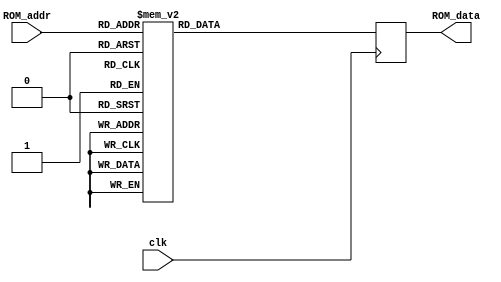

`resetall
`timescale 1ns/1ps
module ROM4_omega (ROM_data, ROM_addr,clk);
  
  parameter WORDLENGTH=18,ADDRLENGTH=8;
  
  output [WORDLENGTH-1:0] ROM_data;
  input 	[ADDRLENGTH-1:0] ROM_addr;
  input  clk;
  reg    [WORDLENGTH-1:0] ROM_data;


  always @ (posedge clk)
  begin
  case(ROM_addr)
8'b00000000:ROM_data<=18'b011111111000000000;
8'b00000001:ROM_data<=18'b011111111000000000;
8'b00000010:ROM_data<=18'b011111111000000000;
8'b00000011:ROM_data<=18'b011111111000000000;
8'b00000100:ROM_data<=18'b011111111000000000;
8'b00000101:ROM_data<=18'b011101011110011111;
8'b00000110:ROM_data<=18'b010110100101001100;
8'b00000111:ROM_data<=18'b001100001100010101;
8'b00001000:ROM_data<=18'b011111111000000000;
8'b00001001:ROM_data<=18'b010110100101001100;
8'b00001010:ROM_data<=18'b000000000100000001;
8'b00001011:ROM_data<=18'b101001100101001100;
8'b00001100:ROM_data<=18'b011111111000000000;
8'b00001101:ROM_data<=18'b001100001100010101;
8'b00001110:ROM_data<=18'b101001100101001100;
8'b00001111:ROM_data<=18'b100010101001100001;
8'b00010000:ROM_data<=18'b011111111000000000;
8'b00010001:ROM_data<=18'b011111101111101000;
8'b00010010:ROM_data<=18'b011111010111001111;
8'b00010011:ROM_data<=18'b011110100110110110;
8'b00010100:ROM_data<=18'b011111111000000000;
8'b00010101:ROM_data<=18'b011100000110001000;
8'b00010110:ROM_data<=18'b010001101100101100;
8'b00010111:ROM_data<=18'b000011000100000011;
8'b00011000:ROM_data<=18'b011111111000000000;
8'b00011001:ROM_data<=18'b010100001100111011;
8'b00011010:ROM_data<=18'b111001111100000110;
8'b00011011:ROM_data<=18'b100100000110001000;
8'b00011100:ROM_data<=18'b011111111000000000;
8'b00011101:ROM_data<=18'b001001010100001100;
8'b00011110:ROM_data<=18'b100101100101110011;
8'b00011111:ROM_data<=18'b100111011010100001;
8'b00100000:ROM_data<=18'b011111111000000000;
8'b00100001:ROM_data<=18'b011111010111001111;
8'b00100010:ROM_data<=18'b011101011110011111;
8'b00100011:ROM_data<=18'b011010100101110011;
8'b00100100:ROM_data<=18'b011111111000000000;
8'b00100101:ROM_data<=18'b011010100101110011;
8'b00100110:ROM_data<=18'b001100001100010101;
8'b00100111:ROM_data<=18'b111001111100000110;
8'b00101000:ROM_data<=18'b011111111000000000;
8'b00101001:ROM_data<=18'b010001101100101100;
8'b00101010:ROM_data<=18'b110011111100010101;
8'b00101011:ROM_data<=18'b100000110111001111;
8'b00101100:ROM_data<=18'b011111111000000000;
8'b00101101:ROM_data<=18'b000110001100000110;
8'b00101110:ROM_data<=18'b100010101110011111;
8'b00101111:ROM_data<=18'b101110011011010100;
8'b00110000:ROM_data<=18'b011111111000000000;
8'b00110001:ROM_data<=18'b011110100110110110;
8'b00110010:ROM_data<=18'b011010100101110011;
8'b00110011:ROM_data<=18'b010100001100111011;
8'b00110100:ROM_data<=18'b011111111000000000;
8'b00110101:ROM_data<=18'b011000101101011111;
8'b00110110:ROM_data<=18'b000110001100000110;
8'b00110111:ROM_data<=18'b110001000100100000;
8'b00111000:ROM_data<=18'b011111111000000000;
8'b00111001:ROM_data<=18'b001111000100100000;
8'b00111010:ROM_data<=18'b101110011100101100;
8'b00111011:ROM_data<=18'b100000011000011000;
8'b00111100:ROM_data<=18'b011111111000000000;
8'b00111101:ROM_data<=18'b000011000100000011;
8'b00111110:ROM_data<=18'b100000110111001111;
8'b00111111:ROM_data<=18'b110110110011110100;
8'b01000000:ROM_data<=18'b011111111000000000;
8'b01000001:ROM_data<=18'b011111110111111010;
8'b01000010:ROM_data<=18'b011111110111110100;
8'b01000011:ROM_data<=18'b011111110111101110;
8'b01000100:ROM_data<=18'b011111111000000000;
8'b01000101:ROM_data<=18'b011101001110011001;
8'b01000110:ROM_data<=18'b010101011101000100;
8'b01000111:ROM_data<=18'b001001111100001110;
8'b01001000:ROM_data<=18'b011111111000000000;
8'b01001001:ROM_data<=18'b010101111101001000;
8'b01001010:ROM_data<=18'b111110100100000010;
8'b01001011:ROM_data<=18'b100111111101011010;
8'b01001100:ROM_data<=18'b011111111000000000;
8'b01001101:ROM_data<=18'b001011011100010011;
8'b01001110:ROM_data<=18'b101000100101010101;
8'b01001111:ROM_data<=18'b100011101001110010;
8'b01010000:ROM_data<=18'b011111111000000000;
8'b01010001:ROM_data<=18'b011111101111100001;
8'b01010010:ROM_data<=18'b011110111111000011;
8'b01010011:ROM_data<=18'b011101101110100101;
8'b01010100:ROM_data<=18'b011111111000000000;
8'b01010101:ROM_data<=18'b011011101110000011;
8'b01010110:ROM_data<=18'b010000011100100110;
8'b01010111:ROM_data<=18'b000000110100000010;
8'b01011000:ROM_data<=18'b011111111000000000;
8'b01011001:ROM_data<=18'b010011100100110111;
8'b01011010:ROM_data<=18'b111000011100001001;
8'b01011011:ROM_data<=18'b100010111110011001;
8'b01011100:ROM_data<=18'b011111111000000000;
8'b01011101:ROM_data<=18'b001000100100001011;
8'b01011110:ROM_data<=18'b100100110101111101;
8'b01011111:ROM_data<=18'b101001000010101111;
8'b01100000:ROM_data<=18'b011111111000000000;
8'b01100001:ROM_data<=18'b011111000111001001;
8'b01100010:ROM_data<=18'b011100110110010011;
8'b01100011:ROM_data<=18'b011001001101100100;
8'b01100100:ROM_data<=18'b011111111000000000;
8'b01100101:ROM_data<=18'b011010000101101110;
8'b01100110:ROM_data<=18'b001010101100010000;
8'b01100111:ROM_data<=18'b110111100100001011;
8'b01101000:ROM_data<=18'b011111111000000000;
8'b01101001:ROM_data<=18'b010001000100101001;
8'b01101010:ROM_data<=18'b110010011100011010;
8'b01101011:ROM_data<=18'b100000011111100001;
8'b01101100:ROM_data<=18'b011111111000000000;
8'b01101101:ROM_data<=18'b000101011100000101;
8'b01101110:ROM_data<=18'b100010000110101011;
8'b01101111:ROM_data<=18'b110000011011011101;
8'b01110000:ROM_data<=18'b011111111000000000;
8'b01110001:ROM_data<=18'b011110010110110001;
8'b01110010:ROM_data<=18'b011001100101101001;
8'b01110011:ROM_data<=18'b010010010100110000;
8'b01110100:ROM_data<=18'b011111111000000000;
8'b01110101:ROM_data<=18'b011000001101011010;
8'b01110110:ROM_data<=18'b000100101100000100;
8'b01110111:ROM_data<=18'b101111000100101001;
8'b01111000:ROM_data<=18'b011111111000000000;
8'b01111001:ROM_data<=18'b001110010100011101;
8'b01111010:ROM_data<=18'b101101001100110100;
8'b01111011:ROM_data<=18'b100000101000101011;
8'b01111100:ROM_data<=18'b011111111000000000;
8'b01111101:ROM_data<=18'b000010010100000010;
8'b01111110:ROM_data<=18'b100000100111011011;
8'b01111111:ROM_data<=18'b111001001011111000;
8'b10000000:ROM_data<=18'b011111111000000000;
8'b10000001:ROM_data<=18'b011111110111110100;
8'b10000010:ROM_data<=18'b011111101111101000;
8'b10000011:ROM_data<=18'b011111100111011011;
8'b10000100:ROM_data<=18'b011111111000000000;
8'b10000101:ROM_data<=18'b011100110110010011;
8'b10000110:ROM_data<=18'b010100001100111011;
8'b10000111:ROM_data<=18'b000111101100001001;
8'b10001000:ROM_data<=18'b011111111000000000;
8'b10001001:ROM_data<=18'b010101011101000100;
8'b10001010:ROM_data<=18'b111101000100000011;
8'b10001011:ROM_data<=18'b100110100101101001;
8'b10001100:ROM_data<=18'b011111111000000000;
8'b10001101:ROM_data<=18'b001010101100010000;
8'b10001110:ROM_data<=18'b100111011101011111;
8'b10001111:ROM_data<=18'b100100110010000011;
8'b10010000:ROM_data<=18'b011111111000000000;
8'b10010001:ROM_data<=18'b011111100111011011;
8'b10010010:ROM_data<=18'b011110100110110110;
8'b10010011:ROM_data<=18'b011100110110010011;
8'b10010100:ROM_data<=18'b011111111000000000;
8'b10010101:ROM_data<=18'b011011010101111101;
8'b10010110:ROM_data<=18'b001111000100100000;
8'b10010111:ROM_data<=18'b111110100100000010;
8'b10011000:ROM_data<=18'b011111111000000000;
8'b10011001:ROM_data<=18'b010010111100110100;
8'b10011010:ROM_data<=18'b110110110100001100;
8'b10011011:ROM_data<=18'b100010000110101011;
8'b10011100:ROM_data<=18'b011111111000000000;
8'b10011101:ROM_data<=18'b000111101100001001;
8'b10011110:ROM_data<=18'b100100000110001000;
8'b10011111:ROM_data<=18'b101010101010111100;
8'b10100000:ROM_data<=18'b011111111000000000;
8'b10100001:ROM_data<=18'b011110111111000011;
8'b10100010:ROM_data<=18'b011100000110001000;
8'b10100011:ROM_data<=18'b010111100101010101;
8'b10100100:ROM_data<=18'b011111111000000000;
8'b10100101:ROM_data<=18'b011001100101101001;
8'b10100110:ROM_data<=18'b001001010100001100;
8'b10100111:ROM_data<=18'b110101011100010000;
8'b10101000:ROM_data<=18'b011111111000000000;
8'b10101001:ROM_data<=18'b010000011100100110;
8'b10101010:ROM_data<=18'b110001000100100000;
8'b10101011:ROM_data<=18'b100000010111110100;
8'b10101100:ROM_data<=18'b011111111000000000;
8'b10101101:ROM_data<=18'b000100101100000100;
8'b10101110:ROM_data<=18'b100001100110110110;
8'b10101111:ROM_data<=18'b110010011011100110;
8'b10110000:ROM_data<=18'b011111111000000000;
8'b10110001:ROM_data<=18'b011110000110101011;
8'b10110010:ROM_data<=18'b011000101101011111;
8'b10110011:ROM_data<=18'b010000011100100110;
8'b10110100:ROM_data<=18'b011111111000000000;
8'b10110101:ROM_data<=18'b010111100101010101;
8'b10110110:ROM_data<=18'b000011000100000011;
8'b10110111:ROM_data<=18'b101101001100110100;
8'b10111000:ROM_data<=18'b011111111000000000;
8'b10111001:ROM_data<=18'b001101101100011010;
8'b10111010:ROM_data<=18'b101011111100111011;
8'b10111011:ROM_data<=18'b100001001000111101;
8'b10111100:ROM_data<=18'b011111111000000000;
8'b10111101:ROM_data<=18'b000001100100000010;
8'b10111110:ROM_data<=18'b100000011111101000;
8'b10111111:ROM_data<=18'b111011011011111100;
8'b11000000:ROM_data<=18'b011111111000000000;
8'b11000001:ROM_data<=18'b011111110111101110;
8'b11000010:ROM_data<=18'b011111100111011011;
8'b11000011:ROM_data<=18'b011111000111001001;
8'b11000100:ROM_data<=18'b011111111000000000;
8'b11000101:ROM_data<=18'b011100011110001110;
8'b11000110:ROM_data<=18'b010010111100110100;
8'b11000111:ROM_data<=18'b000101011100000101;
8'b11001000:ROM_data<=18'b011111111000000000;
8'b11001001:ROM_data<=18'b010100110100111111;
8'b11001010:ROM_data<=18'b111011011100000100;
8'b11001011:ROM_data<=18'b100101001101111000;
8'b11001100:ROM_data<=18'b011111111000000000;
8'b11001101:ROM_data<=18'b001001111100001110;
8'b11001110:ROM_data<=18'b100110100101101001;
8'b11001111:ROM_data<=18'b100110000010010010;
8'b11010000:ROM_data<=18'b011111111000000000;
8'b11010001:ROM_data<=18'b011111011111010101;
8'b11010010:ROM_data<=18'b011110000110101011;
8'b11010011:ROM_data<=18'b011011101110000011;
8'b11010100:ROM_data<=18'b011111111000000000;
8'b11010101:ROM_data<=18'b011010111101111000;
8'b11010110:ROM_data<=18'b001101101100011010;
8'b11010111:ROM_data<=18'b111100001100000011;
8'b11011000:ROM_data<=18'b011111111000000000;
8'b11011001:ROM_data<=18'b010010010100110000;
8'b11011010:ROM_data<=18'b110101011100010000;
8'b11011011:ROM_data<=18'b100001011110111100;
8'b11011100:ROM_data<=18'b011111111000000000;
8'b11011101:ROM_data<=18'b000110111100001000;
8'b11011110:ROM_data<=18'b100011010110010011;
8'b11011111:ROM_data<=18'b101100100011001001;
8'b11100000:ROM_data<=18'b011111111000000000;
8'b11100001:ROM_data<=18'b011110101110111100;
8'b11100010:ROM_data<=18'b011011010101111101;
8'b11100011:ROM_data<=18'b010101111101001000;
8'b11100100:ROM_data<=18'b011111111000000000;
8'b11100101:ROM_data<=18'b011001001101100100;
8'b11100110:ROM_data<=18'b000111101100001001;
8'b11100111:ROM_data<=18'b110011001100010111;
8'b11101000:ROM_data<=18'b011111111000000000;
8'b11101001:ROM_data<=18'b001111101100100011;
8'b11101010:ROM_data<=18'b101111101100100110;
8'b11101011:ROM_data<=18'b100000010000000110;
8'b11101100:ROM_data<=18'b011111111000000000;
8'b11101101:ROM_data<=18'b000011111100000011;
8'b11101110:ROM_data<=18'b100001001111000011;
8'b11101111:ROM_data<=18'b110100101011101101;
8'b11110000:ROM_data<=18'b011111111000000000;
8'b11110001:ROM_data<=18'b011101101110100101;
8'b11110010:ROM_data<=18'b010111100101010101;
8'b11110011:ROM_data<=18'b001110010100011101;
8'b11110100:ROM_data<=18'b011111111000000000;
8'b11110101:ROM_data<=18'b010111000101010001;
8'b11110110:ROM_data<=18'b000001100100000010;
8'b11110111:ROM_data<=18'b101011010100111111;
8'b11111000:ROM_data<=18'b011111111000000000;
8'b11111001:ROM_data<=18'b001100111100010111;
8'b11111010:ROM_data<=18'b101010101101000100;
8'b11111011:ROM_data<=18'b100001110001001111;
8'b11111100:ROM_data<=18'b011111111000000000;
8'b11111101:ROM_data<=18'b000000110100000010;
8'b11111110:ROM_data<=18'b100000010111110100;
8'b11111111:ROM_data<=18'b111101110011111110;
  endcase

//    ROM_data<=ROM[ROM_addr];
  end
  
  
//  initial $readmemb ("w_im_bin_flow4.txt",  ROM);
endmodule